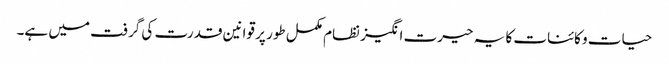
حیات و کائنات کا یہ حیرت انگیز نظام مکمل طور پر قوانین قدرت کی گرفت میں ہے۔